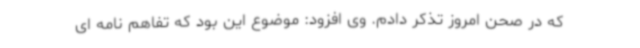
که در صحن امروز تذکر دادم. وی افزود: موضوع این بود که تفاهم نامه ای